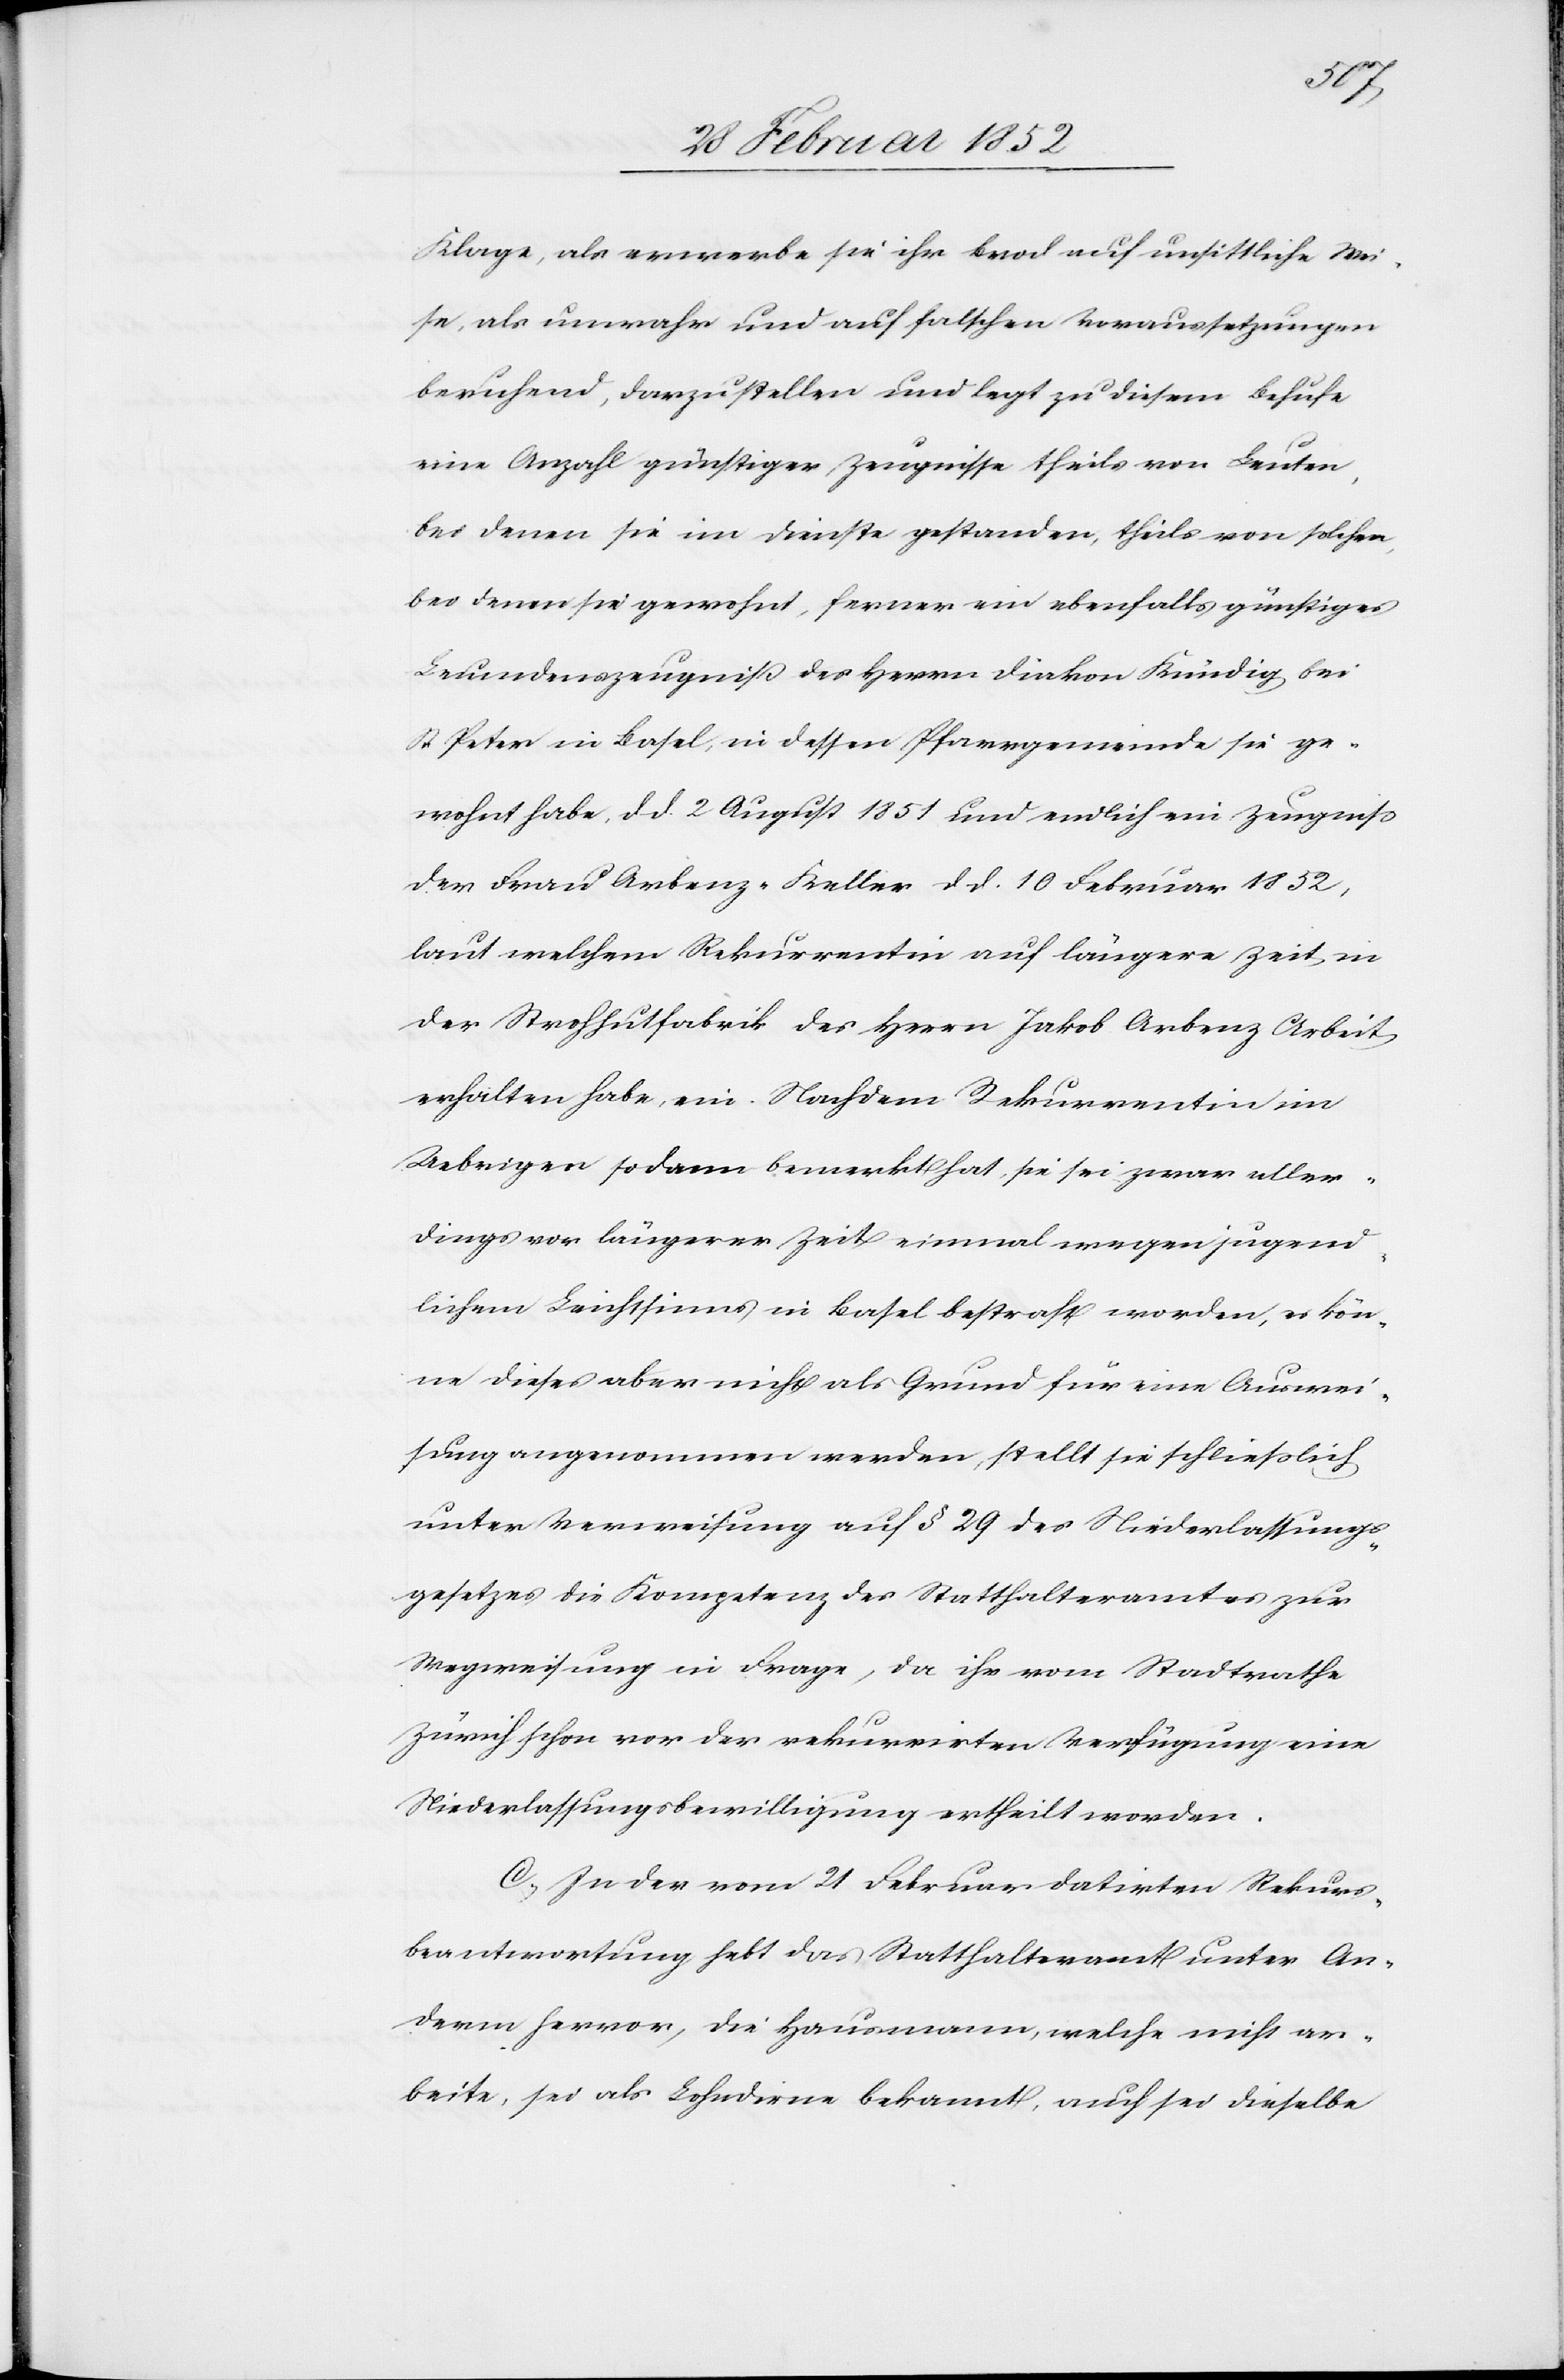
Klage, als erwerbe sie ihr Brod unsittliche Wei¬
se, als unwahr und auf falschen Voraussetzungen
beruhend, darzustellen und legt zu diesem Behufe
eine Anzahl günstiger Zeugnisse theils von Leuten,
bei denen sie im Dienste gestanden, theils von solchen,
bei denen sie gewohnt, ferner ein ebenfalls günstiges
Leumdenszeugniß des Herrn Diakon Kündig bei
St Peter in Basel, in dessen Pfarrgemeinde sie ge¬
wohnt habe, d. d. 2 August 1851 und endlich ein Zeugniß
der Frau Arbenz-Keller dd. 10 Februar 1852,
laut welchem Rekurrentin auf längere Zeit in
der Strohhutfabrik des Herrn Jakob Arbenz Arbeit
erhalten habe, ein. Nachdem Rekurrentin im
Uebrigen sodann bemerkt hat, sie sei zwar aller¬
dings vor längerer Zeit einmal wegen jugend¬
lichem Leichtsinns in Basel bestraft worden, es kön¬
ne dieses aber nicht als Grund für eine Auswei¬
sung angenommen werden, stellt sie schließlich
unter Verweisung auf § 29 des Niederlassungs¬
gesetzes die Kompetenz des Statthalteramtes zur
Wegweisung in Frage, da ihr vom Stadtrathe
Zürich schon vor der rekurrirten Verfügung eine
Niederlassungsbewilligung ertheilt worden.
C.) In der vom 21 Februar datirten Rekurs¬
beantwortung hebt das Statthalteramt unter an¬
derm hervor, die Hausmann, welche nicht ar¬
beite, sei als Lohndirne bekannt, auch sei dieselbe